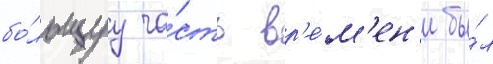
бо́льшуу ча́сть вр'е́м'ен'и бы́л